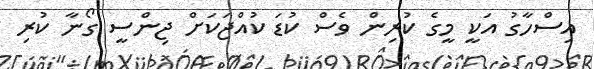
އިސްހާގު އަކީ މީގެ ކުރިން ވެސް ކުޑަ ކުއްޖަކަށް ޖިންސީ ގޯނާ ކުރި